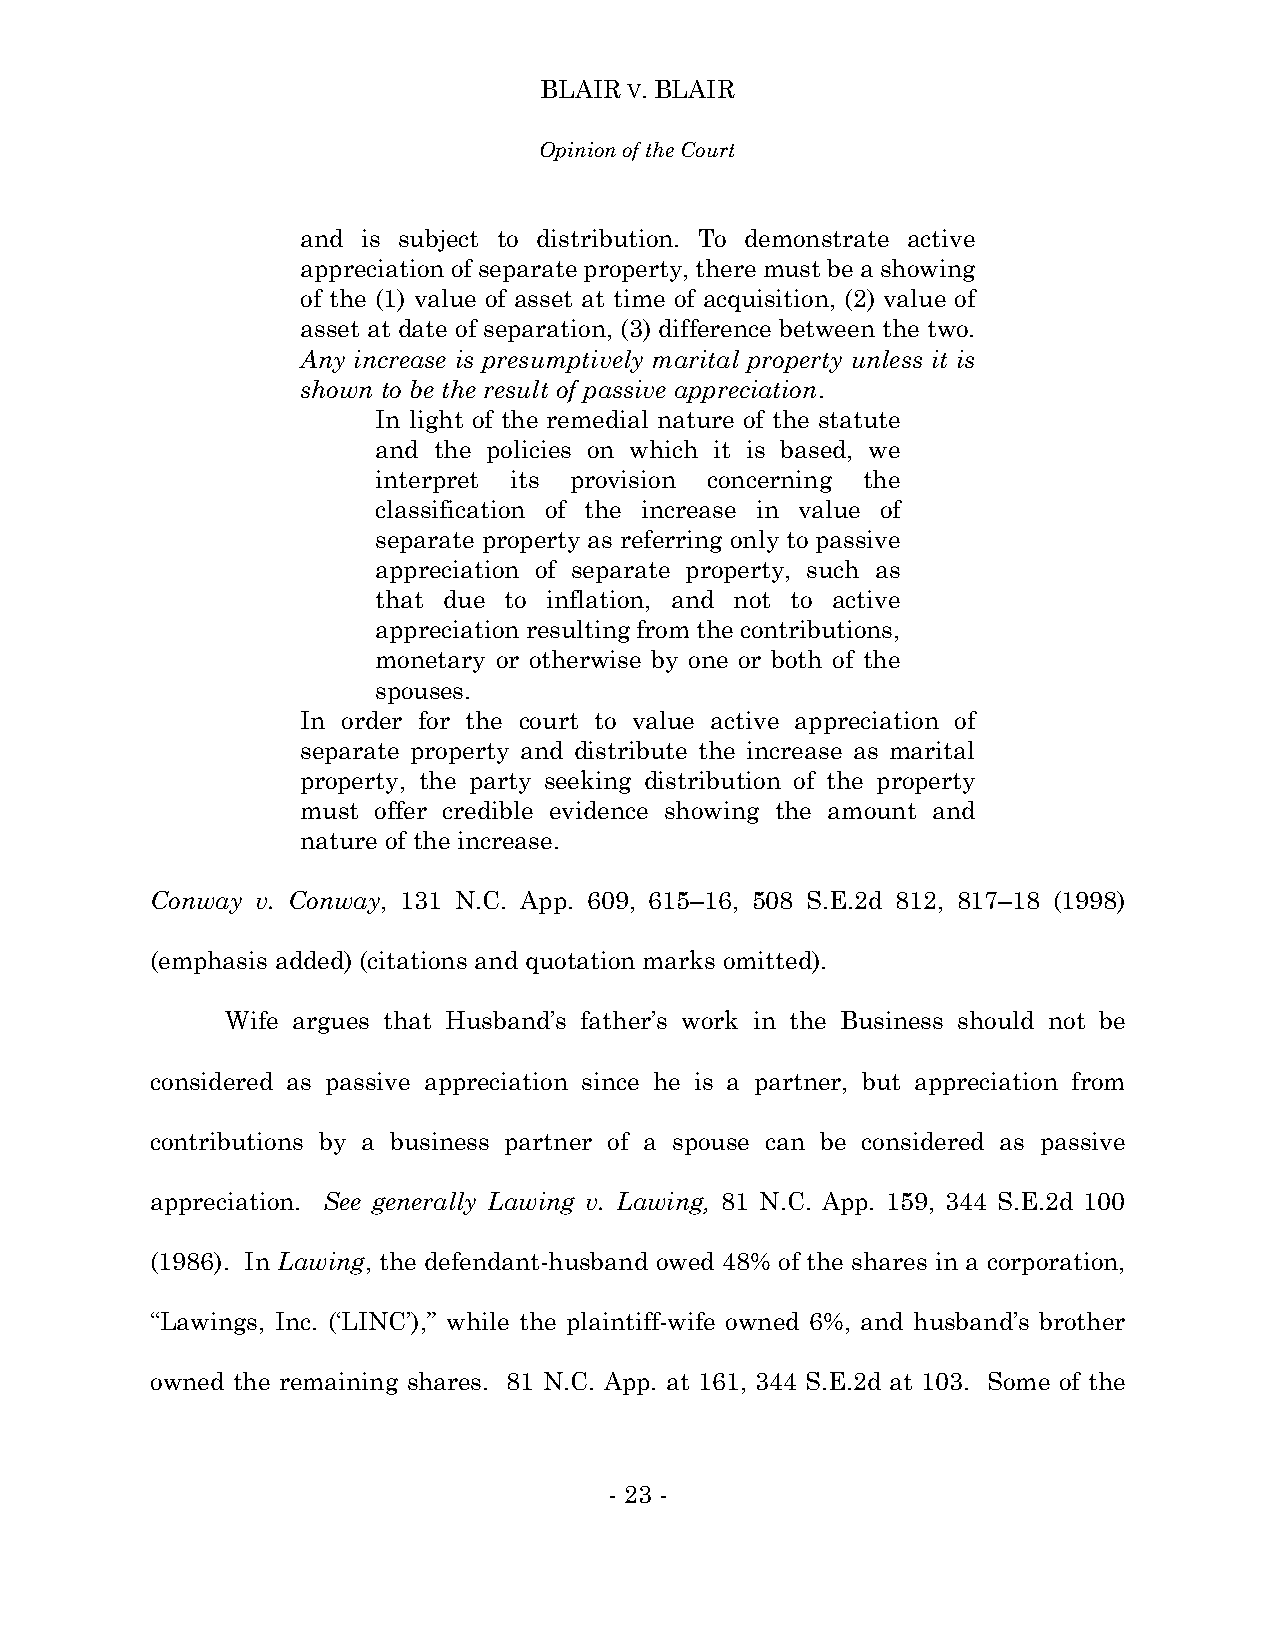
BLAIR V. BLAIR
 Opinion of the Court
 and is subject to distribution. To demonstrate active
 appreciation of separate property, there must be a showing
 of the (1) value of asset at time of acquisition, (2) value of
 asset at date of separation, (3) difference between the two.
 Any increase is presumptively marital property unless it is
 shown to be the result of passive appreciation.
 In light of the remedial nature of the statute
 and the policies on which it is based, we
 interpret its provision concerning the
 classification of the increase in value of
 separate property as referring only to passive
 appreciation of separate property, such as
 that due to inflation, and not to active
 appreciation resulting from the contributions,
 monetary or otherwise by one or both of the
 spouses.
 In order for the court to value active appreciation of
 separate property and distribute the increase as marital
 property, the party seeking distribution of the property
 must offer credible evidence showing the amount and
 nature of the increase.
 Conway v. Conway, 131 N.C. App. 609, 615–16, 508 S.E.2d 812, 817–18 (1998)
 (emphasis added) (citations and quotation marks omitted).
 Wife argues that Husband’s father’s work in the Business should not be
 considered as passive appreciation since he is a partner, but appreciation from
 contributions by a business partner of a spouse can be considered as passive
 appreciation. See generally Lawing v. Lawing, 81 N.C. App. 159, 344 S.E.2d 100
 (1986). In Lawing, the defendant-husband owed 48% of the shares in a corporation,
 “Lawings, Inc. (‘LINC’),” while the plaintiff-wife owned 6%, and husband’s brother
 owned the remaining shares. 81 N.C. App. at 161, 344 S.E.2d at 103. Some of the
 - 23 -